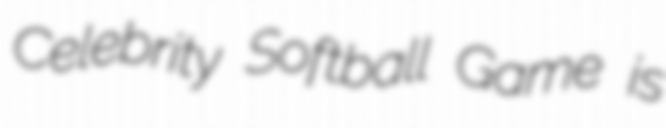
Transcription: Celebrity Softball Game is